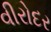
વીરોદર